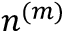
{ \boldsymbol n } ^ { ( m ) }